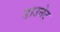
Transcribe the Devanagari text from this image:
डाउनेट